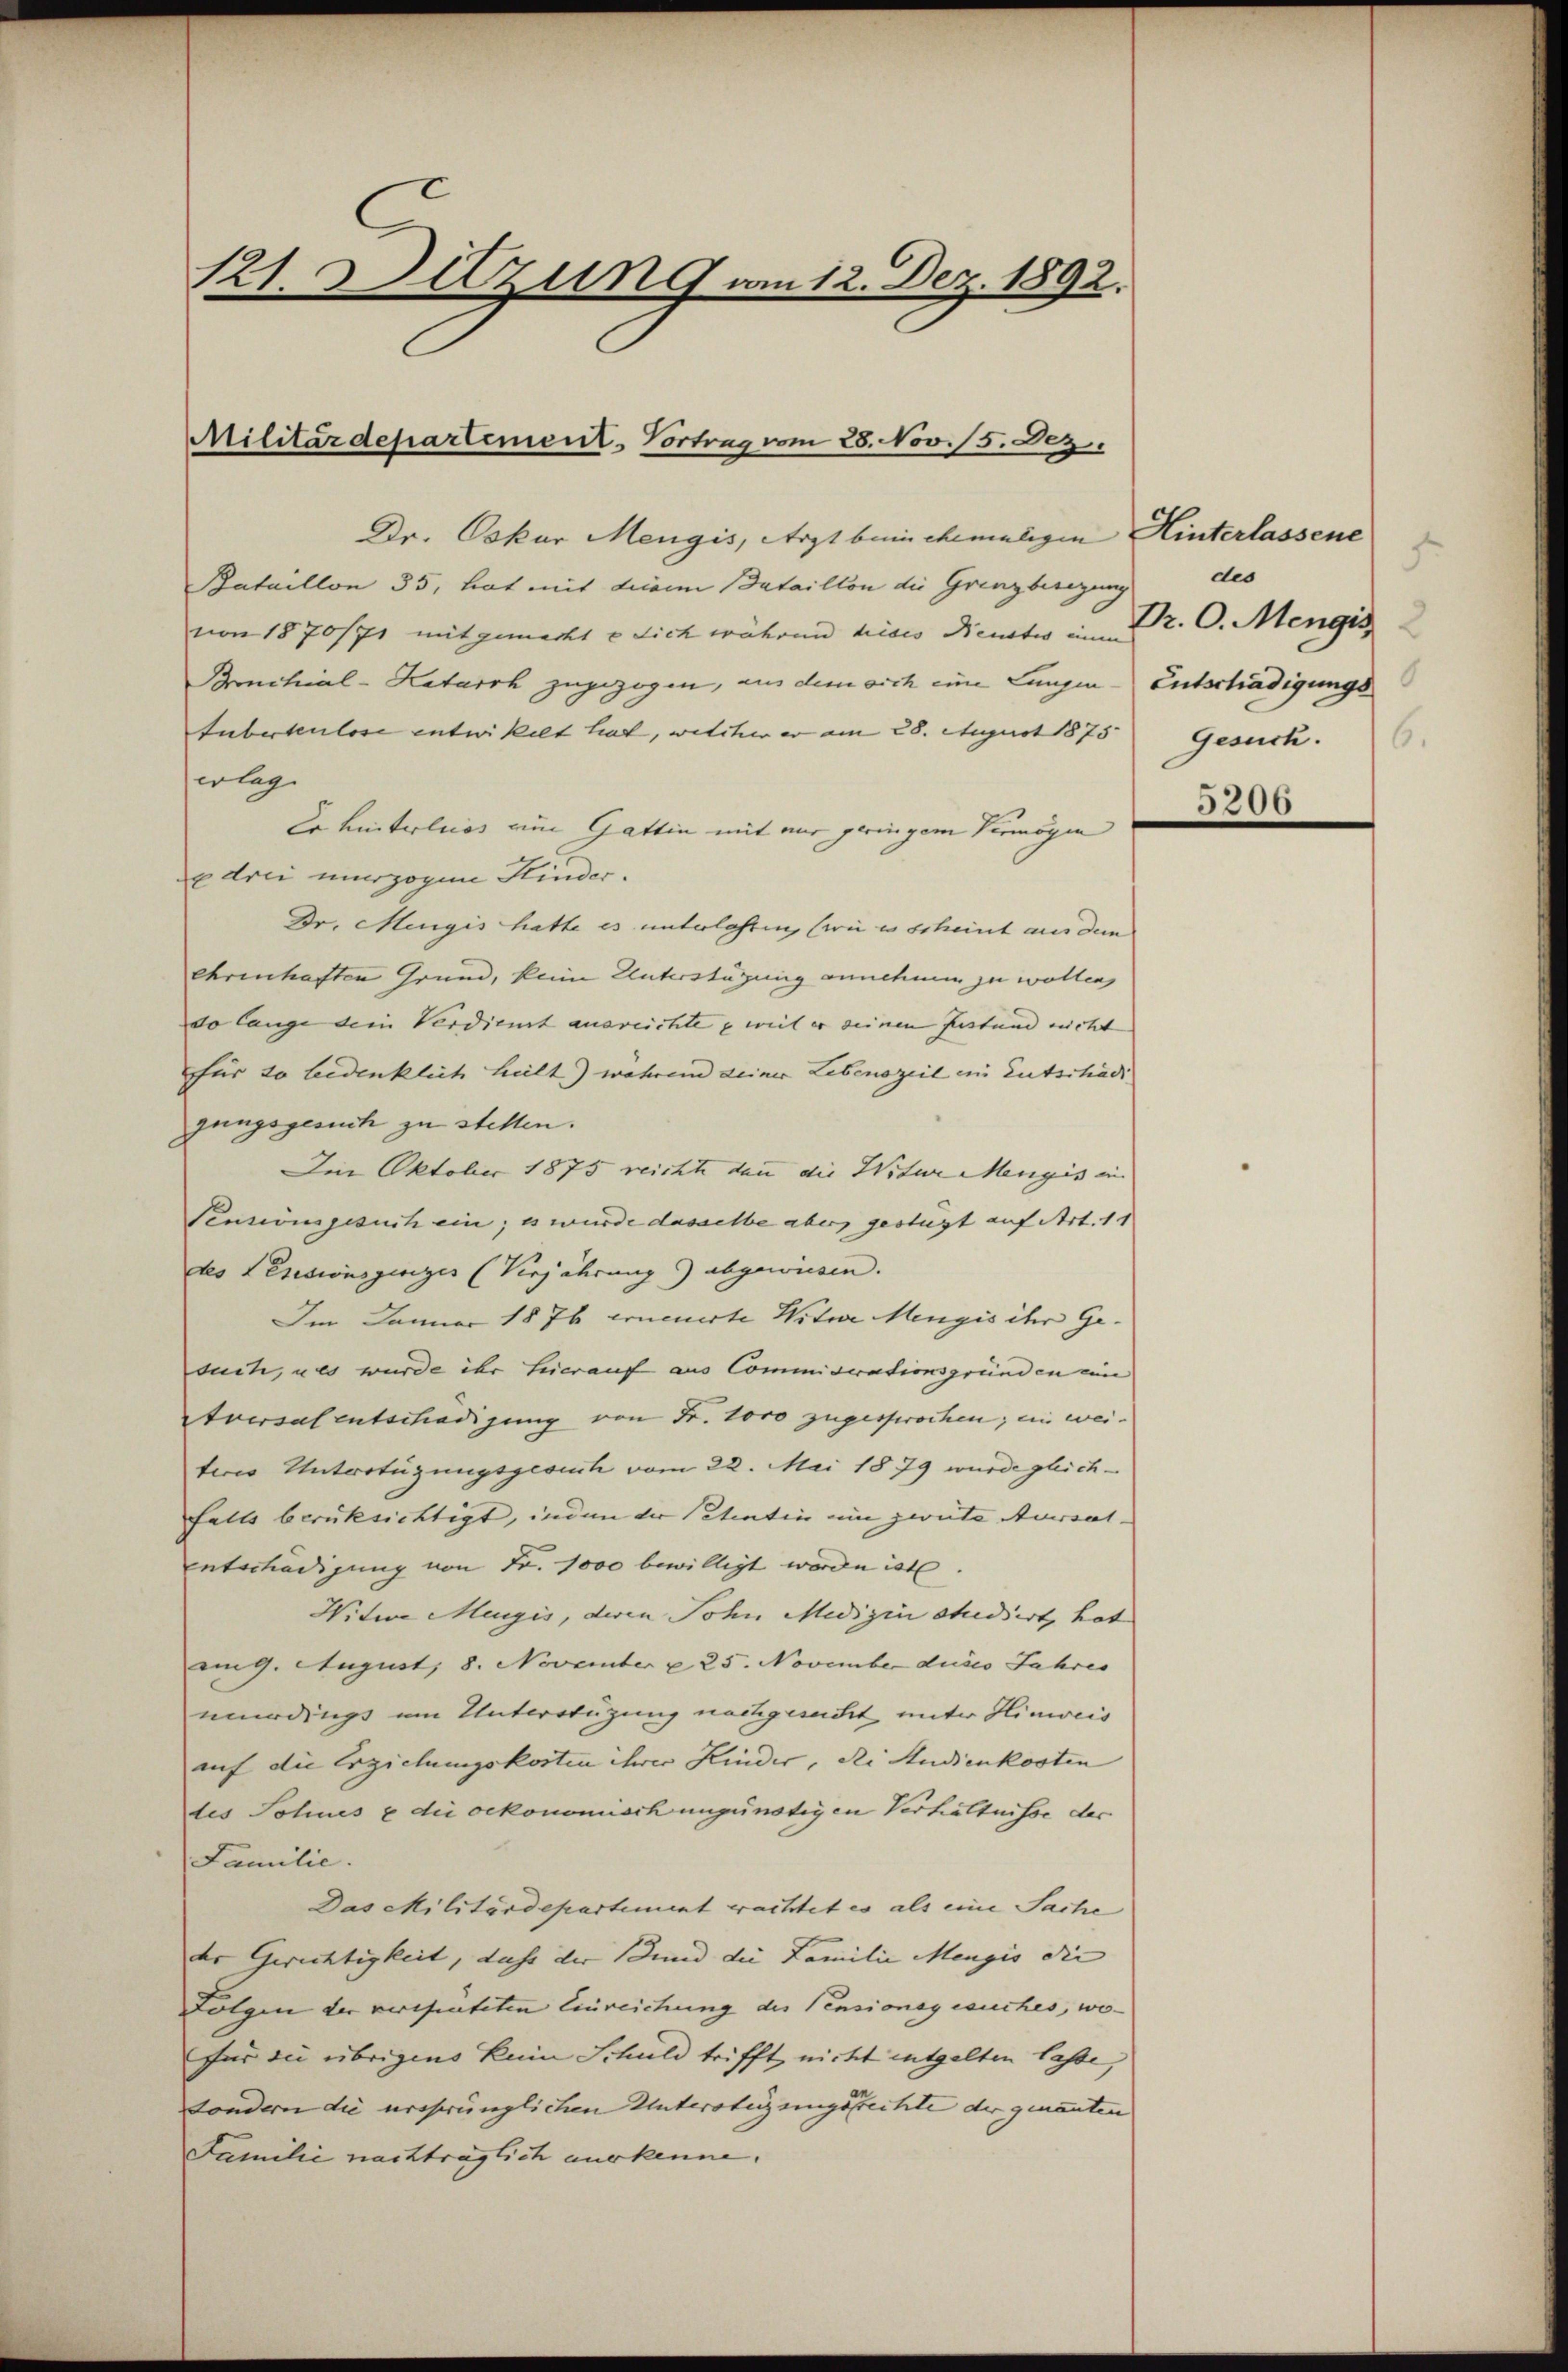
121. Sitzung am 12. Dez. 1892.

Militärdepartement. Vortrag vom 28. Nov. 15. Dez.

Dr. Oskar Mengis, Arzt beim ehemaligen Hinterlassene
Bataillon 35, hat mit diesem Bataillon die Grenzberegung
von 1870/71 mitgemachte sich währen hises Dienstes einen
Bronchial-Katarrh zugezogen, aus dem sich eine Lungen-Entschädigungs¬
Tuberkulose entwickelt hat, welcher er am 28. April 1875. Gesuch.
erleg
Er hinterlies um Gattin mit mir geringem Vermögen
e drei unerzogen Kinder.
Dr. Mengis hatte es unterlassen, (wie es scheint aus dem
ehrenhaften Grund, keine Unterstützung annehmen zu wollen,
do lange dein Verdienst ausreichte, weil er seinen festand nicht |
für so bedenklich heilt) wahren deiner Lebenszeit in Entschädi
gungsgesuch zu stellen.
Im Oktober 1875 reichte dann die Witure Mengis in
Pensionsgesuch ein; es wurde dasselbe aber gestüzt auf Art. 11
des Lessionsgeriges (Verjährung abgewiesen. |
Im Januar 1876 erneuerte Witwe Mengis ihr Ge-
ducte, u es wurde ihr hierauf aus Commiserationsgründen ein
Aversal entschädigung von Fr. 1000 zugesprochen; ein wei-
teres Unterstüzungsgesuch vom 22. Mai 1879 wurde gleichfalls berücksichtigt, inden der Petentin ein zweite Auersal- |
unterhädigung von Fr. 1000 bewilligt worde ist.
Witwe Magis, deren Sohn Medizin studiert, hat
am 9. August 8. November u 25. November dieses Jahres
nurdings um Unterstüzung nachgesucht unter Hinweis
auf die Erziehungskosten ihrer Kinder, die Audienkosten
des Sohnes u die oekonomisch ungünstigen Verhältnisse des
Familie.
Das Militärdepartement wachtet es als eine Sache
der Gerichtigkeit, dass der und die Familie Menges die |
Folgen der verseiteten Einreichung des Pensionsgesuches, wo-
für die übrigens kein Schuld trifft nicht entgelten lasse,
sondern die ursprünglichen Unterstüzungsfrechte der genannten
Familie nachträglich auskenne.

5
des
Pr. O. Mengis
5206